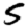
Digit: 5